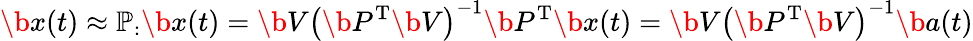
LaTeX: \b{x}(t)\approx\mathbb{P}_{:}\b{x}(t)=\b{V}\left(\b{P}^{\mathrm{T}}\b{V}\right)^{-1}\b{P}^{\mathrm{T}}\b{x}(t)=\b{V}\left(\b{P}^{\mathrm{T}}\b{V}\right)^{-1}\b{a}(t)